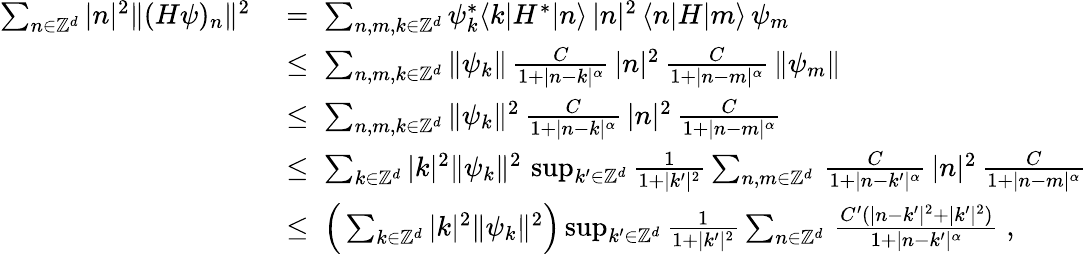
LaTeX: \begin{array}{rl}{\sum_{n\in{\mathbb Z}^{d}}|n|^{2}\| (H\psi)_{n}\| ^{2}}&{\; =\; \sum_{n,m,k\in{\mathbb Z}^{d}}\psi_{k}^{*}\langle k|H^{*}|n\rangle\, |n|^{2}\, \langle n|H|m\rangle\, \psi_{m}}\\ &{\; \leq\; \sum_{n,m,k\in{\mathbb Z}^{d}}\| \psi_{k}\| \, \frac{C}{1+|n-k|^{\alpha}}\, |n|^{2}\, \frac{C}{1+|n-m|^{\alpha}}\, \| \psi_{m}\| }\\ &{\; \leq\; \sum_{n,m,k\in{\mathbb Z}^{d}}\| \psi_{k}\| ^{2}\, \frac{C}{1+|n-k|^{\alpha}}\, |n|^{2}\, \frac{C}{1+|n-m|^{\alpha}}}\\ &{\; \leq\; \sum_{k\in{\mathbb Z}^{d}}|k|^{2}\| \psi_{k}\| ^{2}\, \operatorname*{sup}_{k^{\prime}\in{\mathbb Z}^{d}}\frac{1}{1+|k^{\prime}|^{2}}\sum_{n,m\in{\mathbb Z}^{d}}\, \frac{C}{1+|n-k^{\prime}|^{\alpha}}\, |n|^{2}\, \frac{C}{1+|n-m|^{\alpha}}}\\ &{\; \leq\; \Big(\sum_{k\in{\mathbb Z}^{d}}|k|^{2}\| \psi_{k}\| ^{2}\Big)\operatorname*{sup}_{k^{\prime}\in{\mathbb Z}^{d}}\frac{1}{1+|k^{\prime}|^{2}}\sum_{n\in{\mathbb Z}^{d}}\, \frac{C^{\prime}(|n-k^{\prime}|^{2}+|k^{\prime}|^{2})}{1+|n-k^{\prime}|^{\alpha}}\; ,}\end{array}